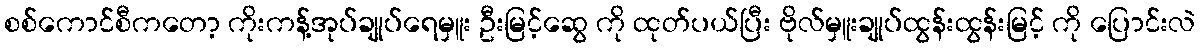
စစ်ကောင်စီကတော့ ကိုးကန့်အုပ်ချုပ်ရေမှူး ဦးမြင့်ဆွေ ကို ထုတ်ပယ်ပြီး ဗိုလ်မှူးချုပ်ထွန်းထွန်းမြင့် ကို ပြောင်းလဲ